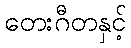
တေးဂီတနှင့်